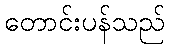
တောင်းပန်သည်